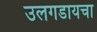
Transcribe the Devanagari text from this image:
उलगडायचा